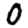
Digit: 0